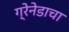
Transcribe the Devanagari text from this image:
ग्रेनेडाचा